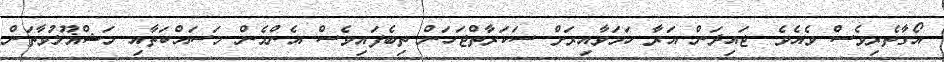
އޯގާތެރިވެސް ވެއެވެ. ޖައިދަން އަރާ ހަމަވާއިރަށް ސަކަރާތްޖަހަން ތިބެފައިވެސް އެންމެން މަސައްކަތާއި މަޝްޣޫލުވާތަން